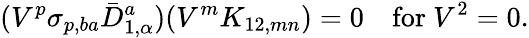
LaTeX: (V^{p}\sigma_{p,ba}\bar{D}_{1,\alpha}^{a})(V^{m}K_{12,mn})=0\quad\mathrm{for~}V^{2}=0.